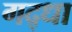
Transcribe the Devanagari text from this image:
गद्धा